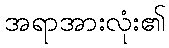
အရာအားလုံး၏